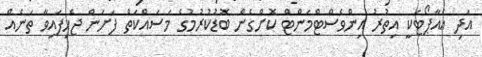
އަދި އެއާޕޯޓަކީ އިތުރު އިންވެސްޓްމަންޓް ކޮށްގެން ބޮޑުކުރުމުގެ މަސައްކަތް ފަށަން ޖެހިފައިވާ ތަނެއް